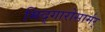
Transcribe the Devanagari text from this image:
मिद्गारोसार्मर्